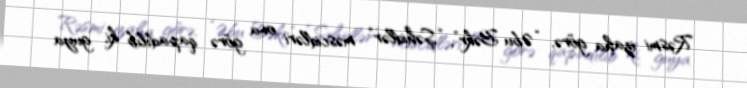
Rəsmi izaha görə, “Əbu Bəkr”, “Şəhidlər” məscidləri ona görə qapadılıb ki, guya